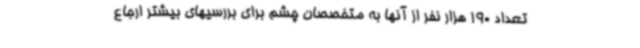
تعداد 190 هزار نفر از آنها به متخصصان چشم برای بررسیهای بیشتر ارجاع